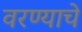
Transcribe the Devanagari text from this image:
वरण्याचे